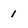
Character: I